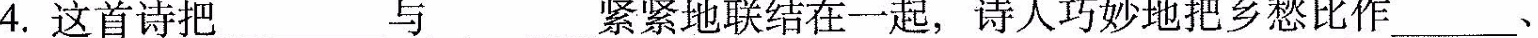
4.这首诗把___与___紧紧地联结在一起，诗人巧妙地把乡愁比作___、